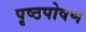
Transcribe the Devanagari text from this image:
पृष्ठपोषण